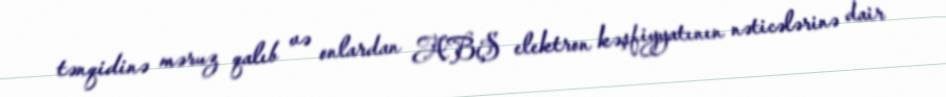
tənqidinə məruz qalıb və onlardan ABŞ elektron kəşfiyyatının nəticələrinə dair